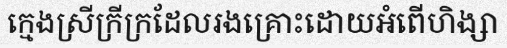
ក្មេងស្រីក្រីក្រដែលរងគ្រោះដោយអំពើហិង្សា